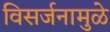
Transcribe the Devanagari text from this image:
विसर्जनामुळे